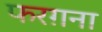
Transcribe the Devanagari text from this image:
फरग़ना